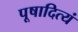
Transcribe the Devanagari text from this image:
पूषादित्यं